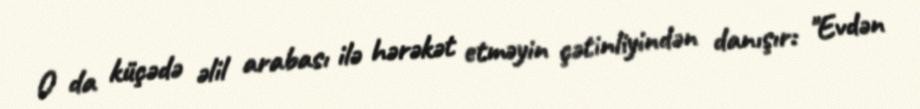
O da küçədə əlil arabası ilə hərəkət etməyin çətinliyindən danışır: "Evdən